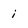
Character: i